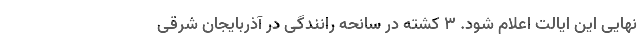
نهایی این ایالت اعلام شود. 3 کشته در سانحه رانندگی در آذربایجان شرقی